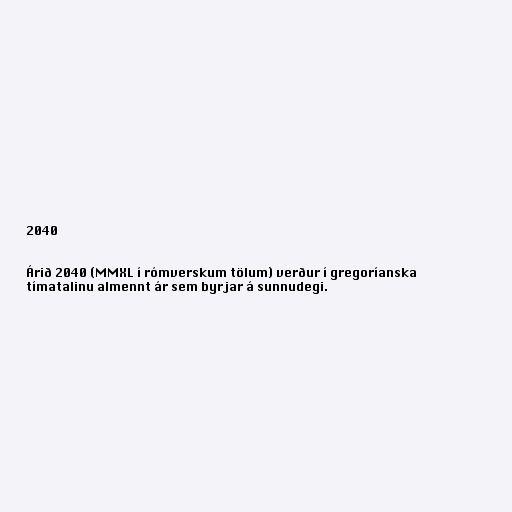
2040

Árið 2040 (MMXL í rómverskum tölum) verður í gregoríanska
tímatalinu almennt ár sem byrjar á sunnudegi.